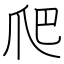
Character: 爬